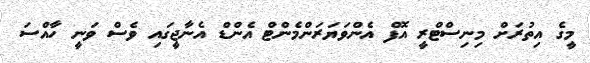
މީގެ އިތުރަށް މިނިސްޓްރީ އޮފް އެންވަޔަރަންމެންޓް އެންޑް އެނާޖީގައި ވެސް ވަނީ ހާއްސަ